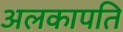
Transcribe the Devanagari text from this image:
अलकापति